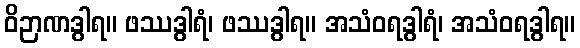
ဝိဉာဏဒွါရ။ ဖဿဒွါရံ၊ ဖဿဒွါရ။ အသံဝရဒွါရံ၊ အသံဝရဒွါရ။